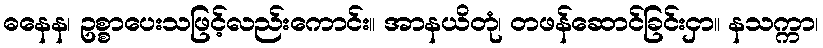
ဓနေန၊ ဥစ္စာပေးသဖြင့်လည်းကောင်း။ အာနယိတုံ၊ တဖန်ဆောင်ခြင်းငှာ။ နသက္ကာ၊